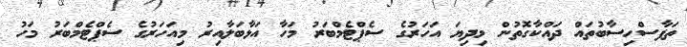
ތަފާސްހިސާބުތައް ދައްކާގޮތުން މިދިޔަ އަހަރުގެ ސެޕްޓެމްބަރު މަހާ އަޅާބަލާއިރު މިއަހަރުގެ ސެޕްޓެމްބަރު މަހު